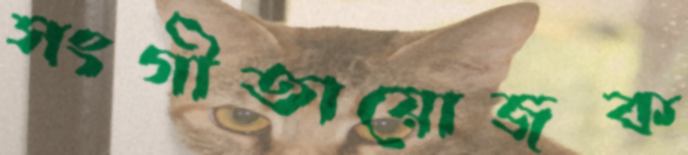
সংগীতায়োজক